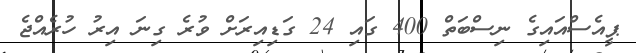
ޕީއެސްއައިގެ ނިސްބަތް 400 ގައި 24 ގަޑިއިރަށް ވުރެ ގިނަ އިރު ހުރެއްޖެ